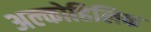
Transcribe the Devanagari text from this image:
अल्कोहिलिक